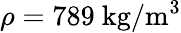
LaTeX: \rho=789~\mathrm{{kg/m^{3}}}